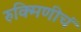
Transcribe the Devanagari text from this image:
रुक्मिणीचं